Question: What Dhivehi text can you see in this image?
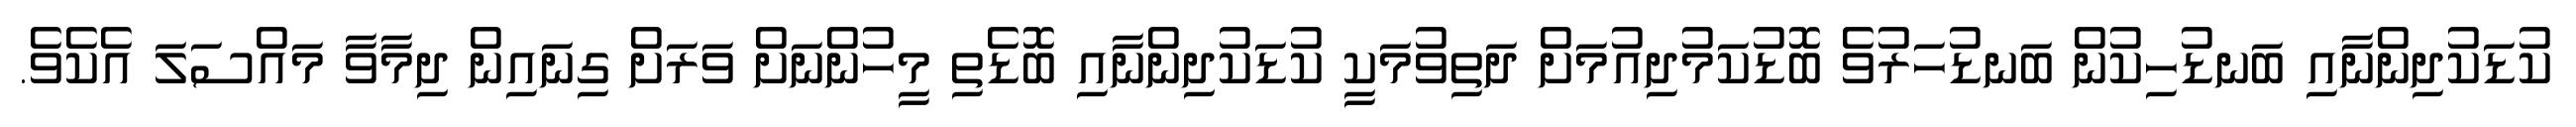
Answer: ކުޑަކުދިންނާއި ބަނޑުހިކުން ބަނޑުހަރުވެ ބޮޑުކަމުދިއުމަށް ދަތިވުމަކީ ކުޑަކުދިންނާއި ބޮޑެތި މީހުންނަށް ވަރަށް ގިނައިން ދިމާވާ މައްސަލަ އެކެވެ.